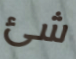
شئ